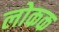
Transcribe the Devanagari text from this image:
लोकक